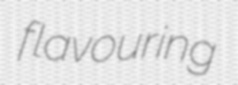
flavouring